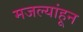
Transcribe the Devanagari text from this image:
मजल्यांहून